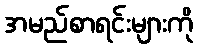
အမည်စာရင်းများကို